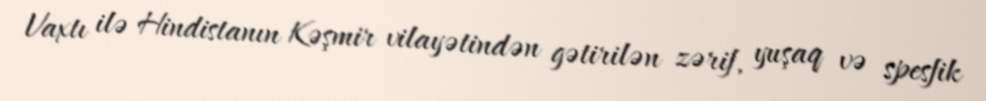
Vaxtı ilə Hindistanın Kəşmir vilayətindən gətirilən zərif, yuşaq və spesfik